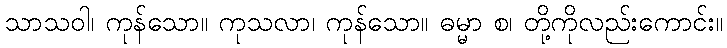
သာသဝါ၊ ကုန်သော။ ကုသလာ၊ ကုန်သော။ ဓမ္မာ စ၊ တို့ကိုလည်းကောင်း။